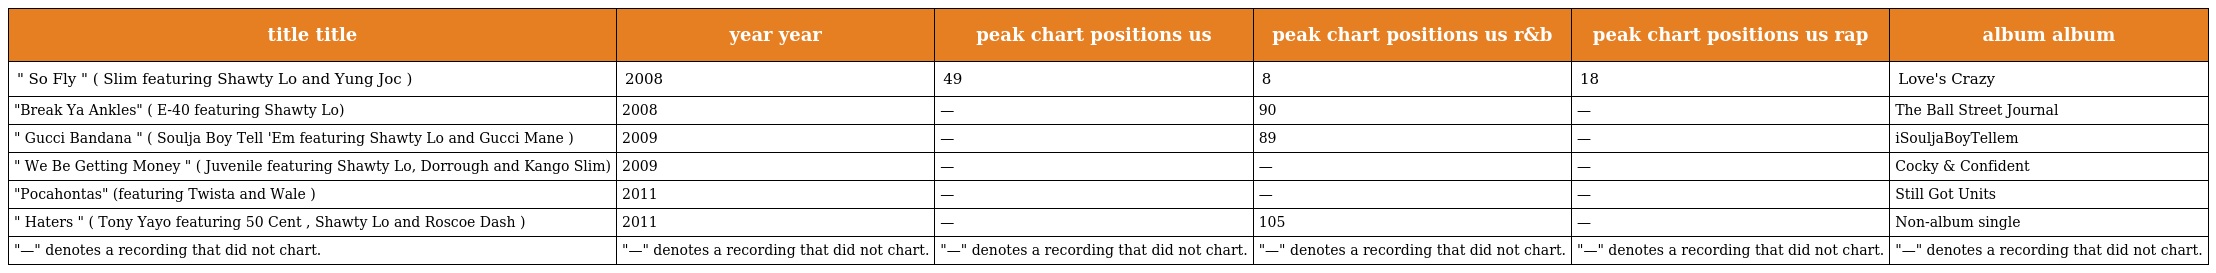
| title title | year year | peak chart positions us | peak chart positions us r&b | peak chart positions us rap | album album |
 | --- | --- | --- | --- | --- | --- |
 | " So Fly " ( Slim featuring Shawty Lo and Yung Joc ) | 2008 | 49 | 8 | 18 | Love's Crazy |
 | "Break Ya Ankles" ( E-40 featuring Shawty Lo) | 2008 | — | 90 | — | The Ball Street Journal |
 | " Gucci Bandana " ( Soulja Boy Tell 'Em featuring Shawty Lo and Gucci Mane ) | 2009 | — | 89 | — | iSouljaBoyTellem |
 | " We Be Getting Money " ( Juvenile featuring Shawty Lo, Dorrough and Kango Slim) | 2009 | — | — | — | Cocky & Confident |
 | "Pocahontas" (featuring Twista and Wale ) | 2011 | — | — | — | Still Got Units |
 | " Haters " ( Tony Yayo featuring 50 Cent , Shawty Lo and Roscoe Dash ) | 2011 | — | 105 | — | Non-album single |
 | "—" denotes a recording that did not chart. | "—" denotes a recording that did not chart. | "—" denotes a recording that did not chart. | "—" denotes a recording that did not chart. | "—" denotes a recording that did not chart. | "—" denotes a recording that did not chart. |